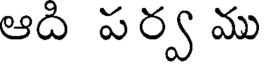
ఆది పర్వ ము